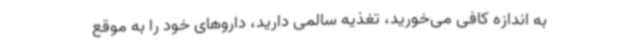
به اندازه کافی می‌خورید، تغذیه سالمی دارید، داروهای خود را به موقع